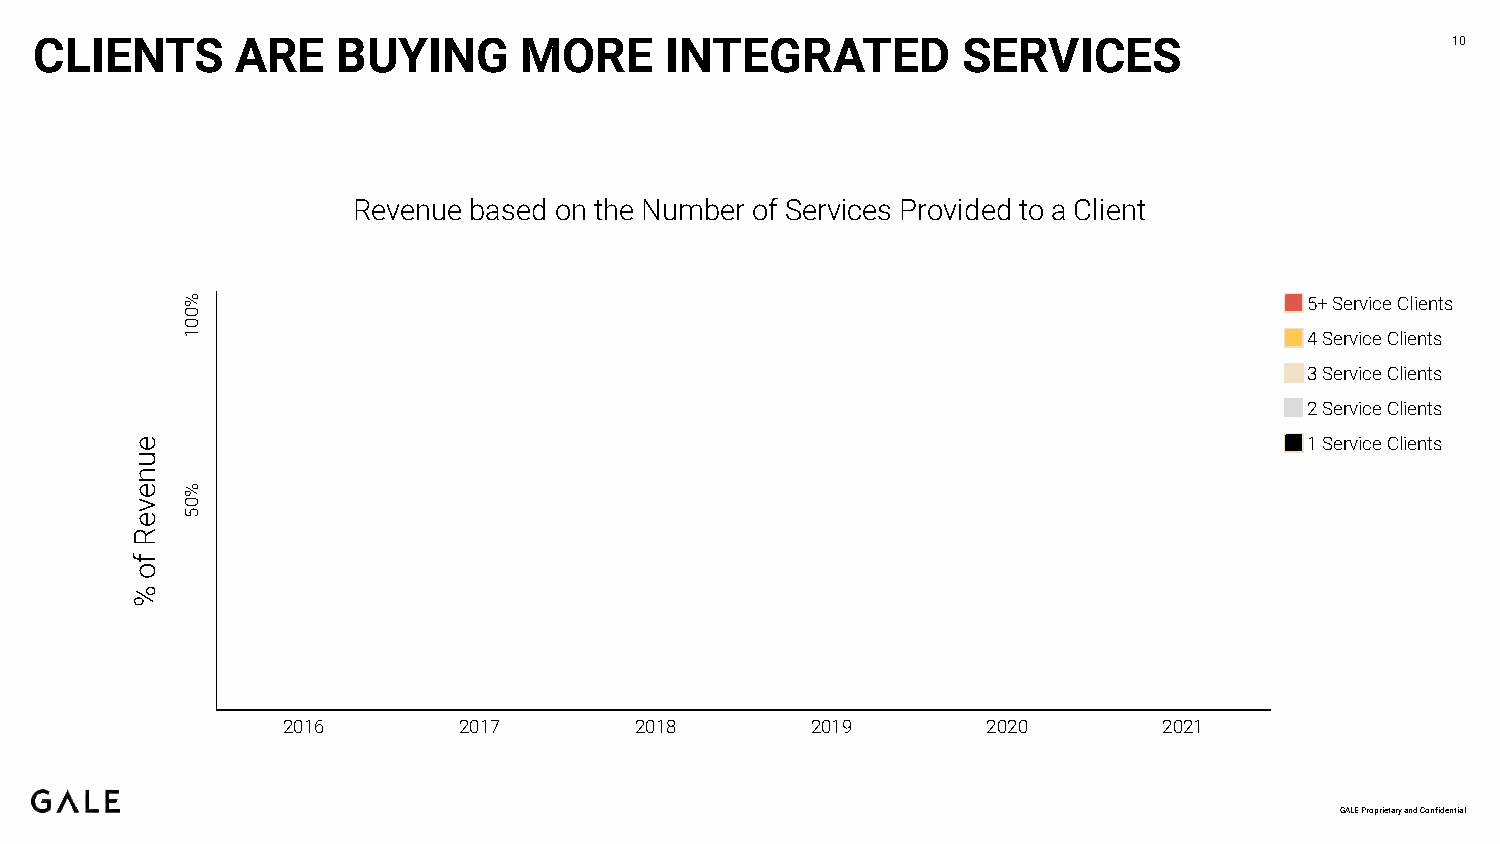
CLIENTS       ARE   BUYING       MORE     INTEGRATED          SERVICES                        10
 Revenue based on the Number of Services Provided to a Client
 5+ Service Clients
 4 Service Clients
 3 Service Clients
 2 Service Clients
 1 Service Clients
 2016       2017        2018        2019       2020        2021
 GALE Proprietary and Confidential
 euneveR
 fo
 %
 %001
 %05